Vaccination in Bombay 1924-1928 - 1924-1928
Year: 1924
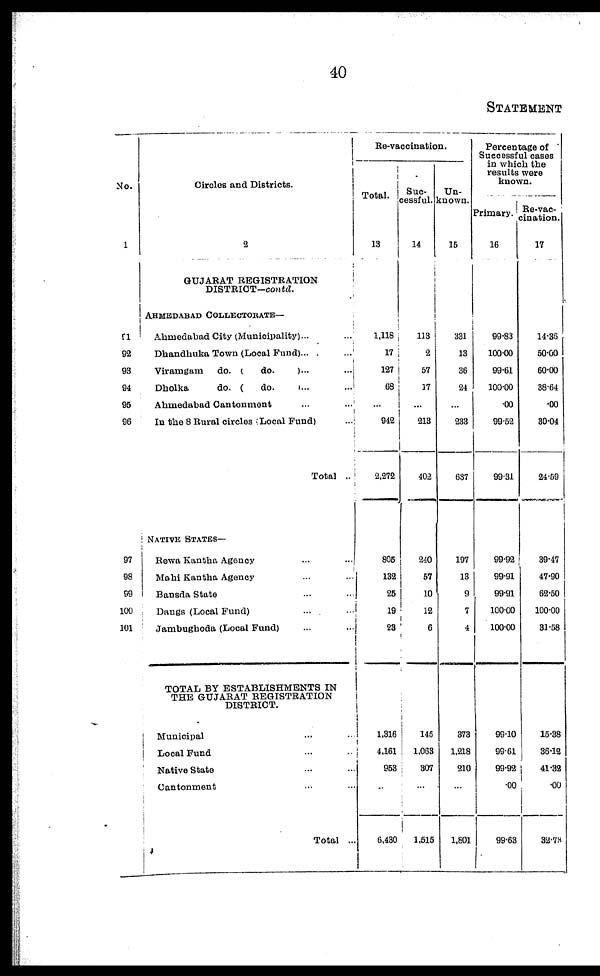
40
STATEMENT
No.
1
91
92
93
94
95
96
97
98
99
100
101
Circles and Districts.
2
GUJARAT REGISTRATION
DISTRICT—contd.
AHMEDABAD COLLECTORATE—
Ahmedabad City (Municipality)... ...
Dhandhuka Town (Local Fund)...
...
Viramgam
do. (
do. )... ...
Dholka
do. (
do.
)... ...
Ahmedabad Cantonment ... ...
In the 8 Rural circles (Local Fund) ...
Total ..
NATIVE STATES—
Rewa Kantha Agency ... ...
Mahi Kantha Agency ... ...
1 Bansda State ... ...
Dangs (Local Fund) ... ...
Jambughoda (Local Fund) ... ...
TOTAL BY ESTABLISHMENTS IN
THE GUJARAT REGISTRATION
DISTRICT.
Municipal ... ...
Local Fund ... ...
Native State ... ...
Cantonment ... ...
Total ...
Re-vaccination.
Total.
13
1,118
17
127
68
...
942
2,272
805
132
25
19
23
1,316
4,161
953
...
6,430
Suc-
cessful.
14
113
2
57
17
...
213
402
240
57
10
12
6
145
1,063
307
...
1,515
Un-
known.
15
331
13
36
24
...
233
637
197
13
9
7
4
373
1,218
210
...
1,801
Percentage of
Successful cases
in which the
results were
known.
Primary.
16
99.83
100.00
99.61
100.00
.00
99.52
99.31
99.92
99.91
99.91
100.00
100.00
99.10
99.61
99.92
.00
99.63
Re-vac-
cination.
17
14.36
50.00
60.00
38.64
.00
30.04
24.59
39.47
47.90
62.50
100.00
31.58
15.38
36.12
41.32
.00
32.73